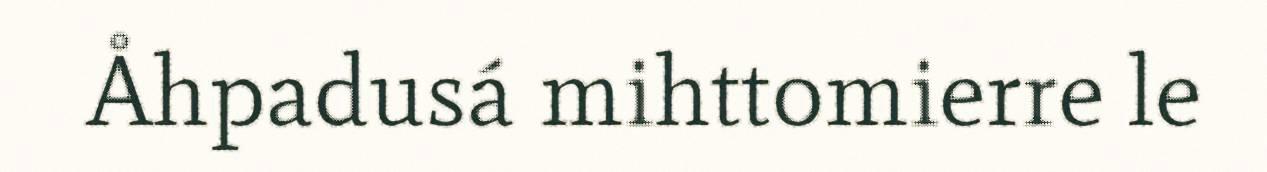
Åhpadusá mihttomierre le